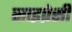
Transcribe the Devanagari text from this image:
साइप्रेसी